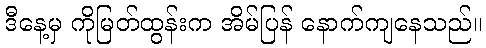
ဒီနေ့မှ ကိုမြတ်ထွန်းက အိမ်ပြန် နောက်ကျနေသည်။